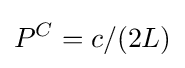
P^{C}=c/(2L)